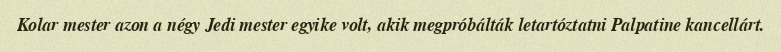
Kolar mester azon a négy Jedi mester egyike volt, akik megpróbálták letartóztatni Palpatine kancellárt.